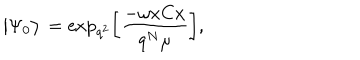
\big | \Psi _ { 0 } \big > \, = \mathrm { e x p } _ { q ^ { 2 } } \bigg [ { \frac { - \omega x C x } { q ^ { N } \mu } } \bigg ] ,